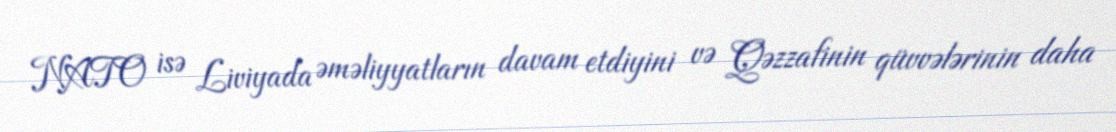
NATO isə Liviyada əməliyyatların davam etdiyini və Qəzzafinin qüvvələrinin daha